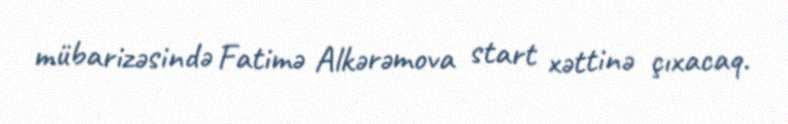
mübarizəsində Fatimə Alkərəmova start xəttinə çıxacaq.